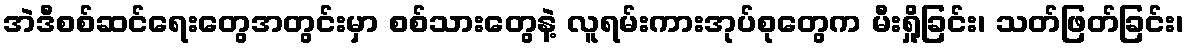
အဲဒီစစ်ဆင်ရေးတွေအတွင်းမှာ စစ်သားတွေနဲ့ လူရမ်းကားအုပ်စုတွေက မီးရှို့ခြင်း၊ သတ်ဖြတ်ခြင်း၊